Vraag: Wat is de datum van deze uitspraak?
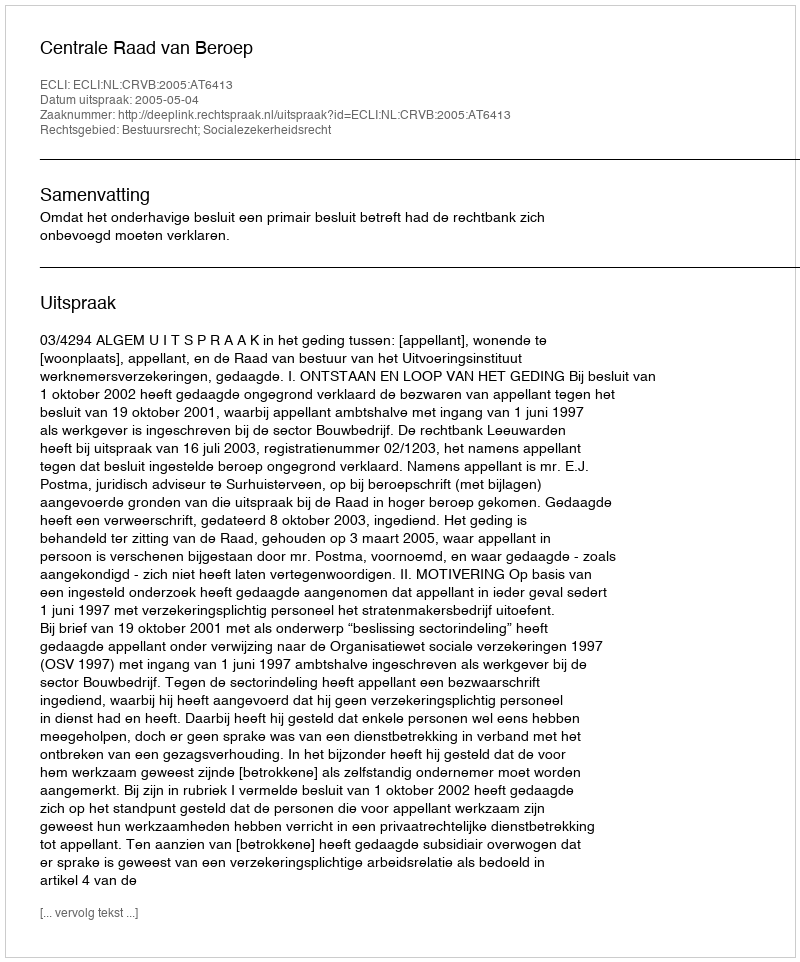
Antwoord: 2005-05-04